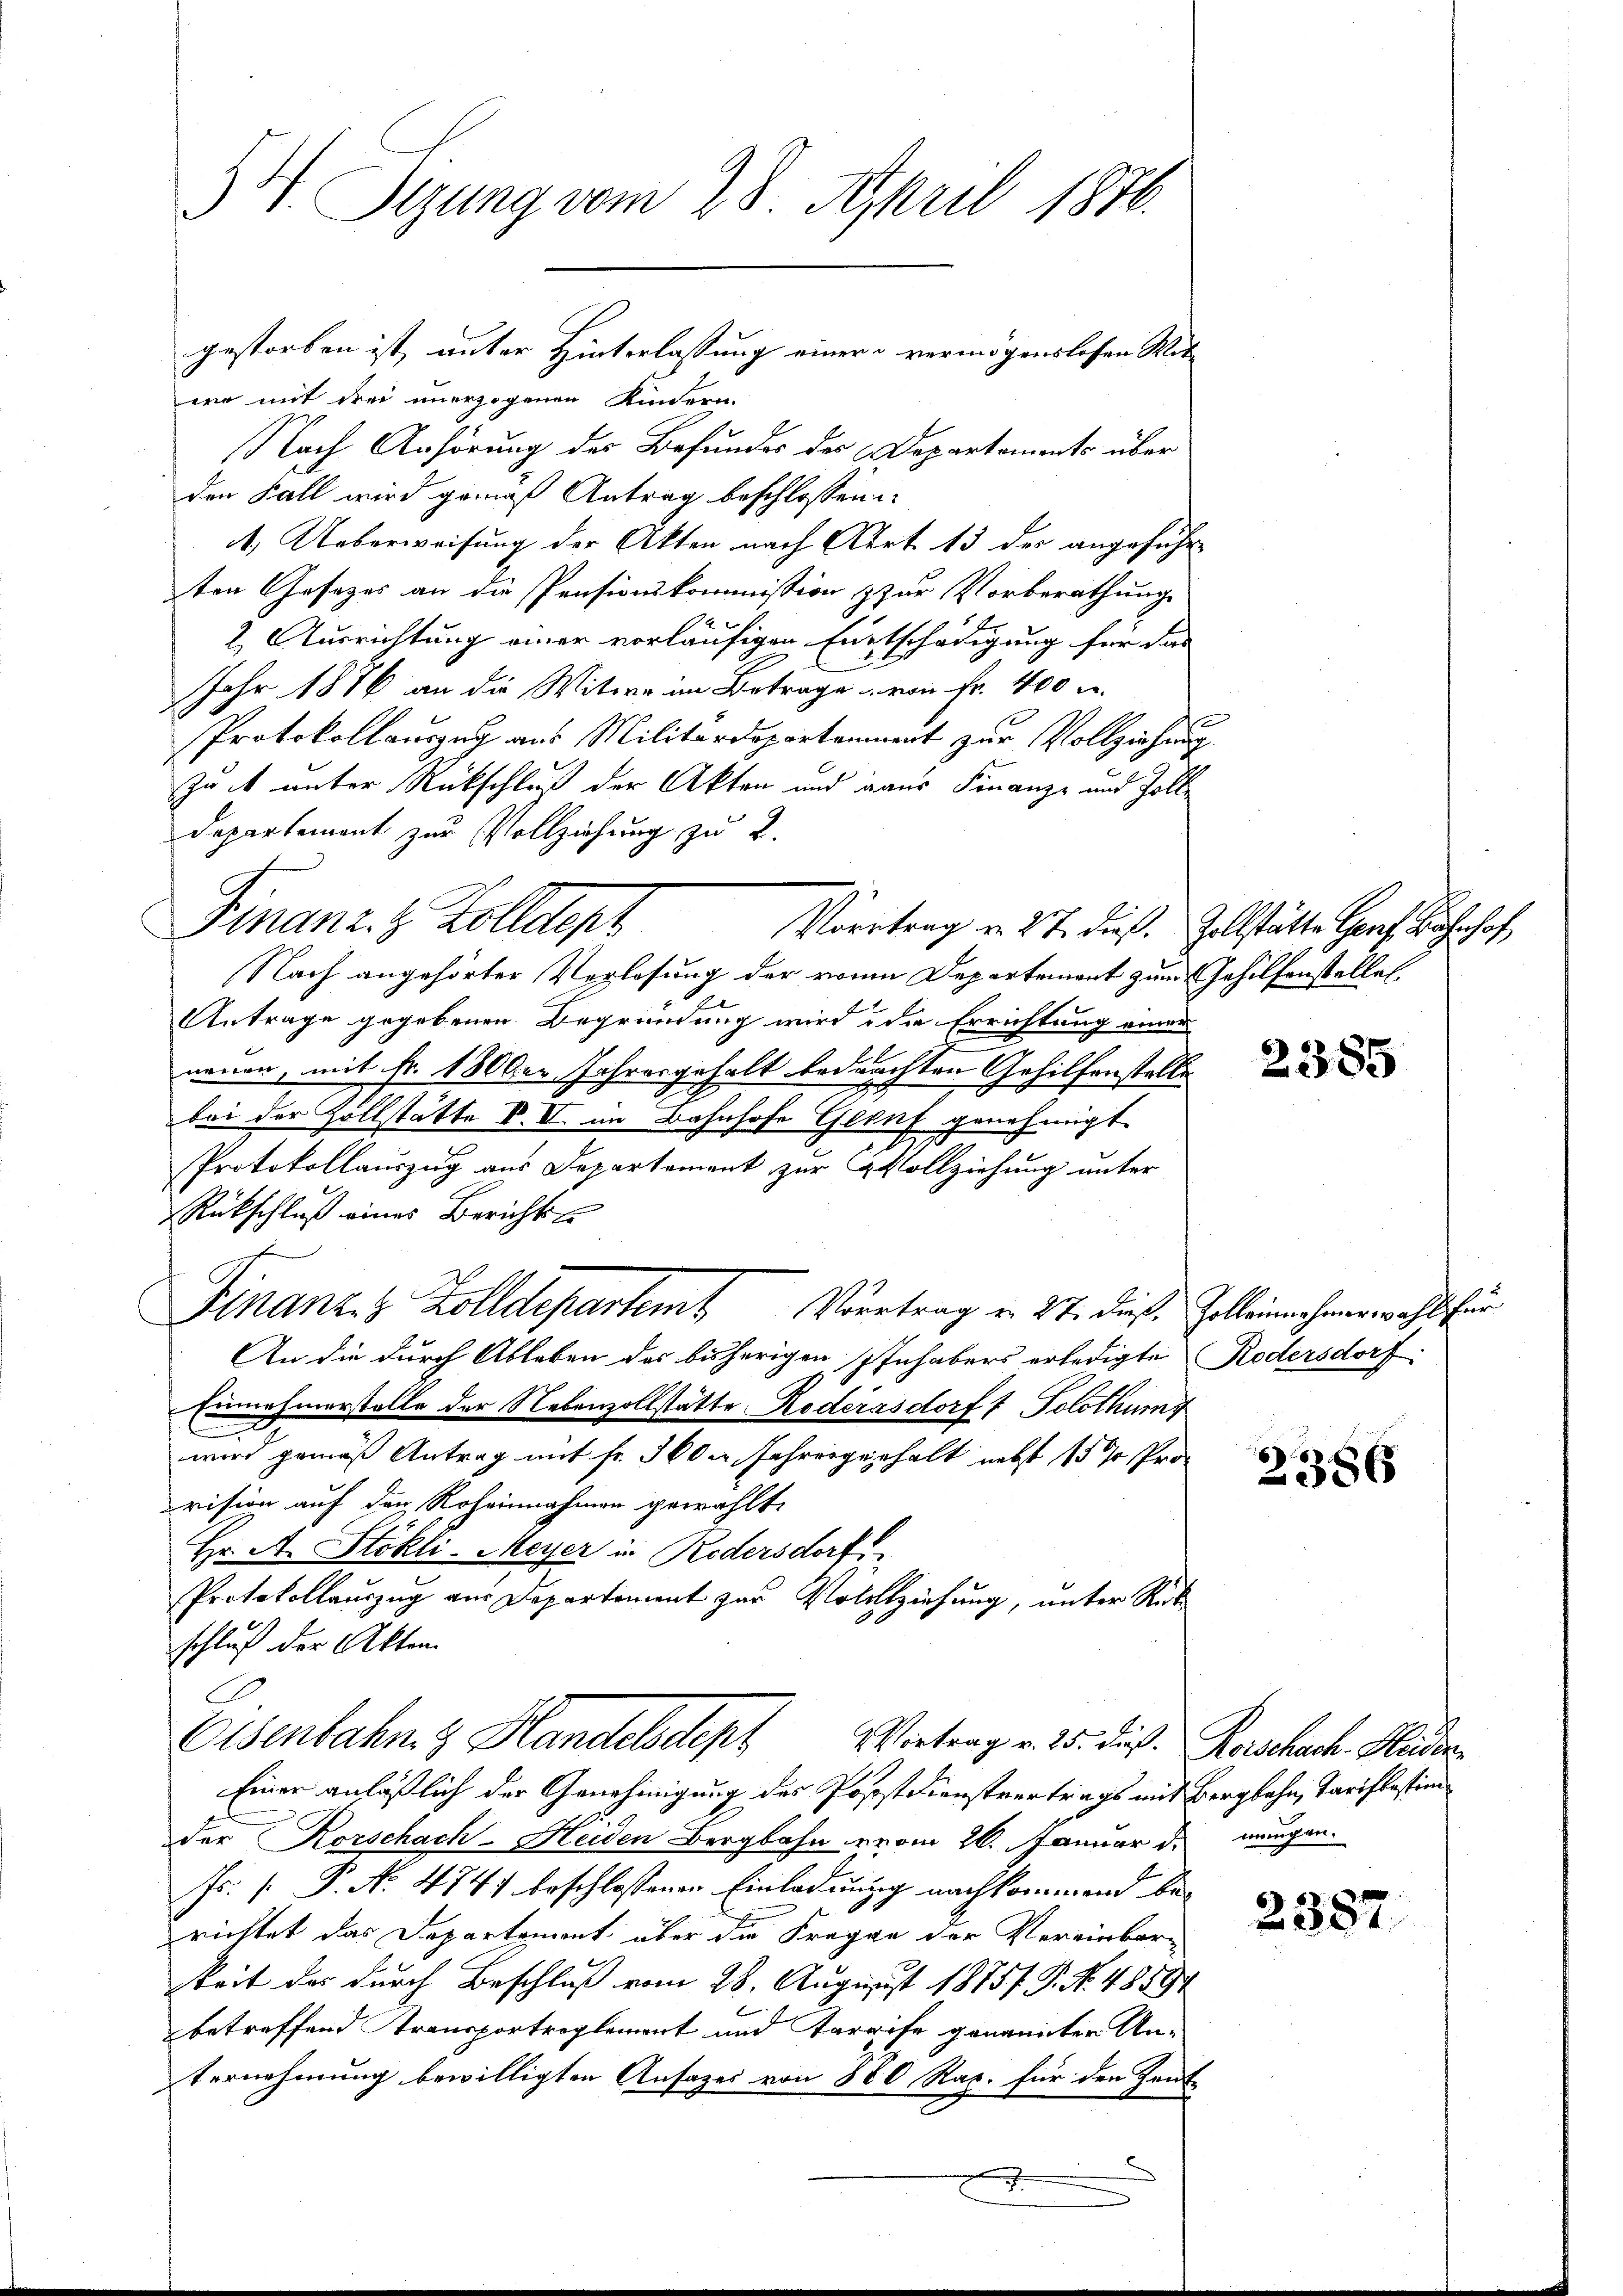
54. Sizung vom 28. April 1876.
gestorben ist, unter Hinterlassung einer vermögenslosen Wit¬

wo mit drei unerzogenen Kindern.
Nach Anhörung des Befundes des Departements über
den Fall wird gemäß Antrag beschlossene
4. Ueberweisung der Akten nach Art. 13 des angeführten Gesezes an die Pensionskommission zur Vorberathung
2. Ausrichtung einer vorläufigen Entschädigung für das
Jahr 1876 an die Witwe im Betrage von Fr. 400
Protokollauszug aus Militärdepartaument zur Vollziehung
zat unter Rückschluß der Akten und raus Finanze und Zoll¬
Departement zur Vollziehung zu 2.
Finanz. z. Zolldept
Vortrag v. 27. dieß. Zollstätte Herr Bahnhof
Nach angehörter Verlosung der von Departement zum Gehilfenstelle
Antrage gegebenen Begründung wird, die Errichtung einer
nonen, mit Fr. 1800er Jahresgehalt bedrachten Gehilfenstelle
bei der Zollstätte F. II. im Bahnhofe Genf genehmigt.
Protokollauszug aus Departement zur Vollziehung unter
Rückschluß eines Berichts
Finanz- & Zolldepartemb. Vortrag v. 27. dieß. Zollein nehmer wohl für
An die durch Ableben des bisherigen Inhabers erledigte Redersdorf
Einnahmerstelle der Nebenzollstätte Roderasdorff Polothums
wird gemäß Antrag mit fr. 360. Jahrengerhalt nebst 15 % Pro
vision auf den Roheinnahmen gewählt,
Hr. A. Stokli-Meyer in Redersdorf
Protokollauszug aus Departement zur Vollziehung, unter Rück
schluß der Akten
Eisenbahn & Handelsdept. Wirtrag v. 25. Die Reischech. Meder¬
Einer anläßlich der Genehmigung des Porst Dienstvertrags mit Bergbahn, Tariftestim
der Korschach-Heiden Bergbahn vom 26. Januar d. mengen.
Fs. [ P. No 474) beschlossenen Einladungg nachkommend berichtet das Departement über die Fragen der Vereinbar-
keit des durch Beschluß vom 28. August 1875 P. No. 48594
betreffend Transportreglement und Tarife genannter Unternehmung bewilligten Ansazes von 880 Rap. für den Zeit-

.

2385

2386

2387